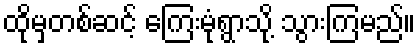
ထိုမှတစ်ဆင့် ကြေးမုံရွာသို့ သွားကြမည်။